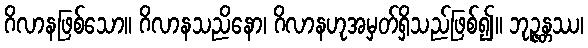
ဂိလာနဖြစ်သော။ ဂိလာနသညိနော၊ ဂိလာနဟုအမှတ်ရှိသည်ဖြစ်၍။ ဘုဉ္ဇန္တဿ၊